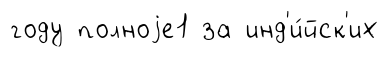
году полноjе1 за инд'и́йск'их